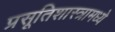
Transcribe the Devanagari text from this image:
प्रसूतिशास्त्रामध्ये